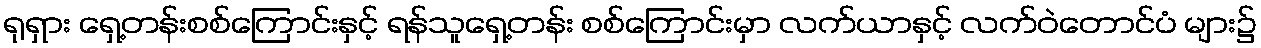
ရုရှား ရှေ့တန်းစစ်ကြောင်းနှင့် ရန်သူရှေ့တန်း စစ်ကြောင်းမှာ လက်ယာနှင့် လက်ဝဲတောင်ပံ များ၌